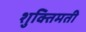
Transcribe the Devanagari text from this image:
शुक्तिमती